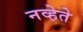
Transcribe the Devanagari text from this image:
नव्हेते